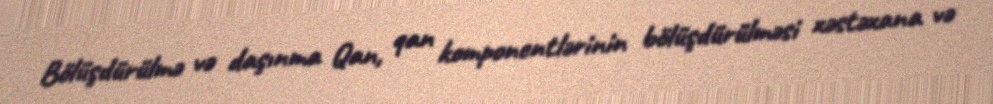
Bölüşdürülmə və daşınma Qan, qan komponentlərinin bölüşdürülməsi xəstəxana və